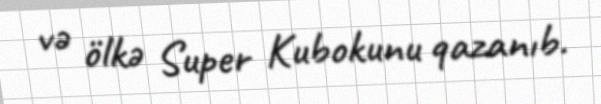
və ölkə Super Kubokunu qazanıb.